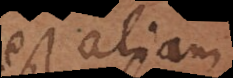
est aliam